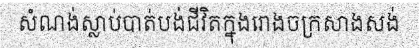
សំណង់ស្លាប់បាត់បង់ជីវិតក្នុងរោងចក្រសាងសង់